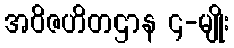
အဝိဇဟိတဌာန ၄-မျိုး